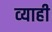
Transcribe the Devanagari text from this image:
व्‍याही